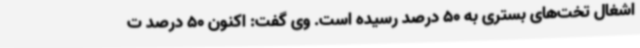
اشغال تخت‌های بستری به 50 درصد رسیده است. وی گفت: اکنون 50 درصد ت